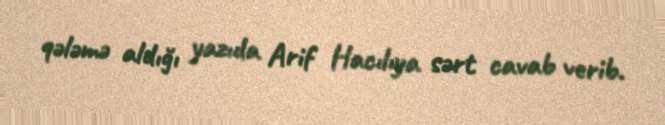
qələmə aldığı yazıda Arif Hacılıya sərt cavab verib.